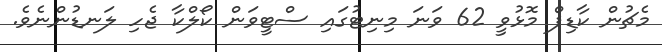
މެޗުން ކާޑިފް މޮޅުވީ 62 ވަނަ މިނިޓުގައި ސްޓީވަން ކޯލްކާ ޖެހި ލަނޑުންނެވެ.